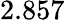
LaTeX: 2.857